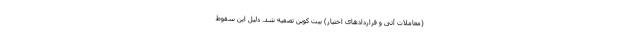
(معاملات آتی و قراردادهای اختیار) بیت کوین تصفیه شد. دلیل این سقوط